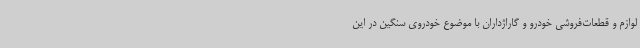
لوازم و قطعات‌فروشی خودرو و گاراژداران با موضوع خودروی سنگین در این